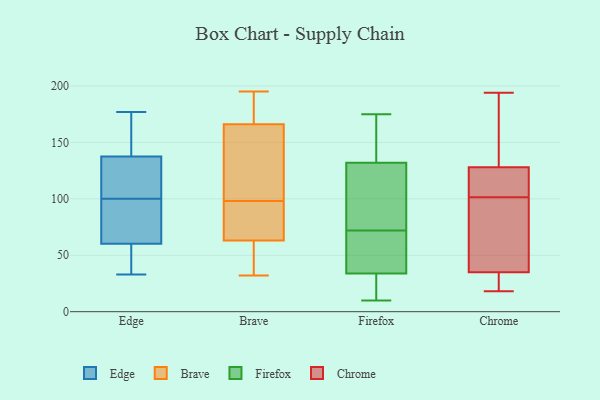
{"axis": {"x": "Budget (USD K)", "y": "Value"}, "legend": ["Brave", "Chrome", "Edge", "Firefox"], "data": [{"x": "", "y": 64, "type": "Edge"}, {"x": "", "y": 33, "type": "Edge"}, {"x": "", "y": 177, "type": "Edge"}, {"x": "", "y": 49, "type": "Edge"}, {"x": "", "y": 164, "type": "Edge"}, {"x": "", "y": 157, "type": "Edge"}, {"x": "", "y": 90, "type": "Edge"}, {"x": "", "y": 88, "type": "Edge"}, {"x": "", "y": 126, "type": "Edge"}, {"x": "", "y": 139, "type": "Edge"}, {"x": "", "y": 137, "type": "Edge"}, {"x": "", "y": 93, "type": "Edge"}, {"x": "", "y": 100, "type": "Edge"}, {"x": "", "y": 41, "type": "Edge"}, {"x": "", "y": 105, "type": "Edge"}, {"x": "", "y": 48, "type": "Edge"}, {"x": "", "y": 100, "type": "Edge"}, {"x": "", "y": 98, "type": "Brave"}, {"x": "", "y": 195, "type": "Brave"}, {"x": "", "y": 70, "type": "Brave"}, {"x": "", "y": 95, "type": "Brave"}, {"x": "", "y": 38, "type": "Brave"}, {"x": "", "y": 111, "type": "Brave"}, {"x": "", "y": 187, "type": "Brave"}, {"x": "", "y": 126, "type": "Brave"}, {"x": "", "y": 38, "type": "Brave"}, {"x": "", "y": 179, "type": "Brave"}, {"x": "", "y": 80, "type": "Brave"}, {"x": "", "y": 162, "type": "Brave"}, {"x": "", "y": 42, "type": "Brave"}, {"x": "", "y": 178, "type": "Brave"}, {"x": "", "y": 151, "type": "Brave"}, {"x": "", "y": 93, "type": "Brave"}, {"x": "", "y": 32, "type": "Brave"}, {"x": "", "y": 159, "type": "Firefox"}, {"x": "", "y": 70, "type": "Firefox"}, {"x": "", "y": 125, "type": "Firefox"}, {"x": "", "y": 10, "type": "Firefox"}, {"x": "", "y": 35, "type": "Firefox"}, {"x": "", "y": 100, "type": "Firefox"}, {"x": "", "y": 47, "type": "Firefox"}, {"x": "", "y": 153, "type": "Firefox"}, {"x": "", "y": 30, "type": "Firefox"}, {"x": "", "y": 175, "type": "Firefox"}, {"x": "", "y": 72, "type": "Firefox"}, {"x": "", "y": 77, "type": "Firefox"}, {"x": "", "y": 25, "type": "Firefox"}, {"x": "", "y": 124, "type": "Chrome"}, {"x": "", "y": 35, "type": "Chrome"}, {"x": "", "y": 194, "type": "Chrome"}, {"x": "", "y": 148, "type": "Chrome"}, {"x": "", "y": 126, "type": "Chrome"}, {"x": "", "y": 18, "type": "Chrome"}, {"x": "", "y": 164, "type": "Chrome"}, {"x": "", "y": 128, "type": "Chrome"}, {"x": "", "y": 83, "type": "Chrome"}, {"x": "", "y": 55, "type": "Chrome"}, {"x": "", "y": 32, "type": "Chrome"}, {"x": "", "y": 28, "type": "Chrome"}, {"x": "", "y": 60, "type": "Chrome"}, {"x": "", "y": 120, "type": "Chrome"}]}